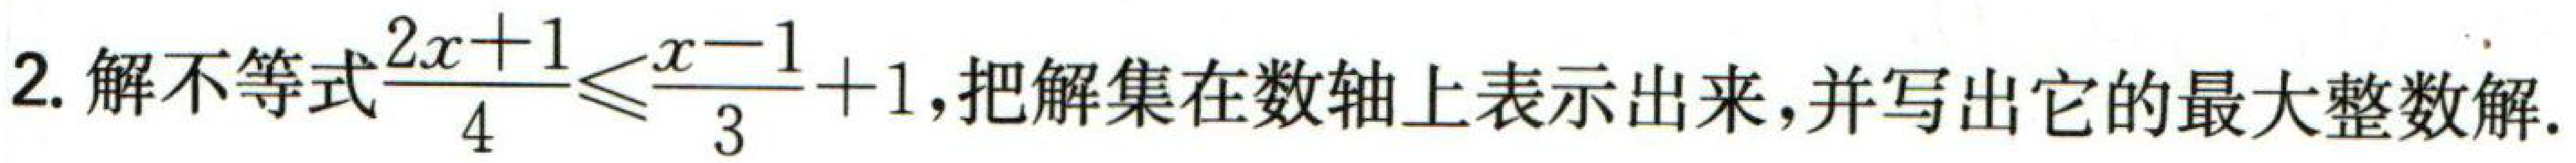
2. 解不等式$\frac{2x + 1}{4}\leq\frac{x - 1}{3}+1$，把解集在数轴上表示出来，并写出它的最大整数解.